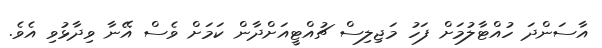
އާސަންދަ ހުއްޓާލުމަށް ފަހު މަޖިލިސް ޗުއްޓީއަށްދާން ކަމަށް ވެސް އޭނާ ވިދާޅުވި އެވެ.